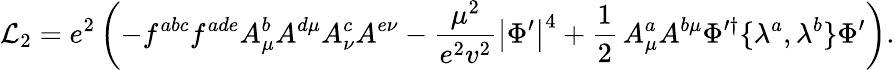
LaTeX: {\cal L}_{2}=e^{2}\left(-f^{abc}f^{ade}A_{\mu}^{b}A^{d\mu}A_{\nu}^{c}A^{e\nu}-\frac{\mu^{2}}{e^{2}v^{2}}\left|\Phi^{\prime}\right|^{4}+\frac{1}{2}\, A_{\mu}^{a}A^{b\mu}\Phi^{\prime\dagger}\{ \lambda^{a},\lambda^{b}\} \Phi^{\prime}\right).